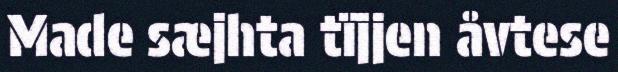
Made sæjhta tïjjen åvtese